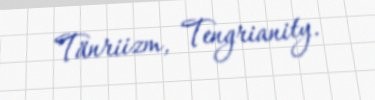
Tänriizm, Tengrianity.